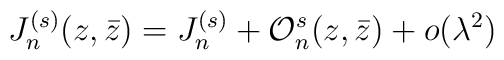
J_{n}^{(s)} (z,\bar z) =  J_{n}^{(s)} +{\cal O}_{n}^{s} (z,\bar z) + o(\lambda^2)